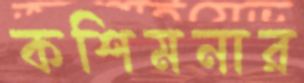
কশিমনার